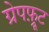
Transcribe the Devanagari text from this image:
ग्रेपफ़्रूट